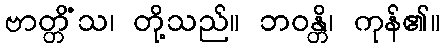
ဗာတ္တိံသ၊ တို့သည်။ ဘဝန္တိ၊ ကုန်၏။